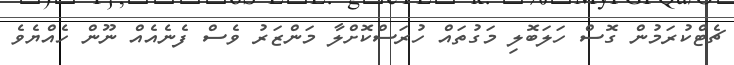
ޗެޓްކުރަމުން ގޮސް ހަލަބޮލި މަގުތައް ހުރަސްކޮށްލާ މަންޒަރު ވެސް ފެނެއެއް ނޫން ހެއްޔެވެ